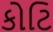
કોટિ